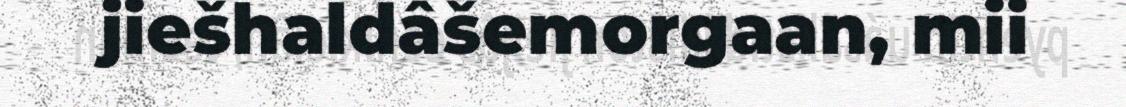
jiešhaldâšemorgaan, mii